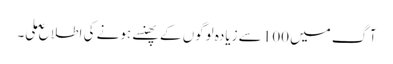
آگ میں 100 سے زیادہ لوگوں کے پھنسے ہونے کی اطلاع ملی۔